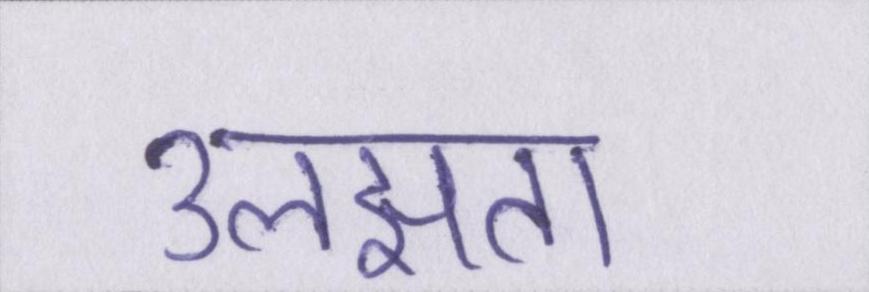
उलझता